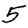
Digit: 5